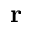
\mathbf { r }